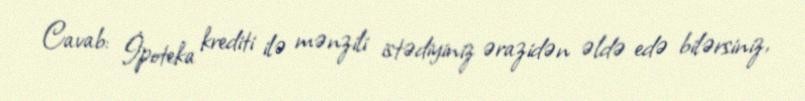
Cavab: İpoteka krediti ilə mənzili istədiyiniz ərazidən əldə edə bilərsiniz,